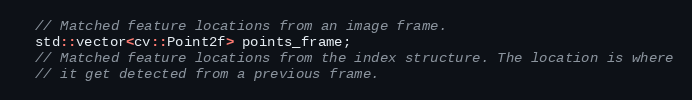
Language: C
  // Matched feature locations from an image frame.
  std::vector<cv::Point2f> points_frame;
  // Matched feature locations from the index structure. The location is where
  // it get detected from a previous frame.